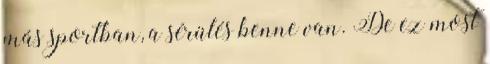
más sportban, a sérülés benne van. De ez most